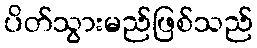
ပိတ်သွားမည်ဖြစ်သည်